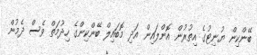
ބޭންކިން ޔުނިޓުގެ އިތުރުން އޮންލައިން އަދި މޮބައިލް ބޭންކިންގެ ހިދުމަތް ވެސް ދެމުން